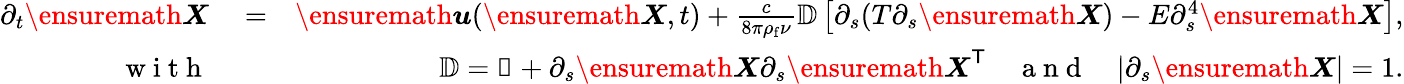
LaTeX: \begin{array}{rlr}{\partial_{t}{\ensuremath\boldsymbol{X}}}&{{}=}&{{\ensuremath\boldsymbol{u}}({\ensuremath\boldsymbol{X}},t)+\frac{c}{8\pi\rho_{\mathrm{f}}\nu}\mathbb{D}\left[\partial_{s}(T\partial_{s}{\ensuremath\boldsymbol{X}})-E\partial_{s}^{4}{\ensuremath\boldsymbol{X}}\right],}\\ {\mathrm{~w~i~t~h~}}&{{}}&{\mathbb{D}=\mathbb{1}+\partial_{s}{\ensuremath\boldsymbol{X}}\partial_{s}{\ensuremath\boldsymbol{X}}^{\mathsf{T}}\quad\mathrm{~a~n~d~}\quad|\partial_{s}{\ensuremath\boldsymbol{X}}|=1.}\end{array}